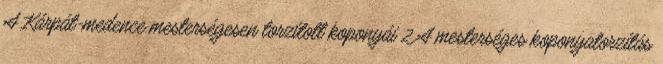
A Kárpát-medence mesterségesen torzított koponyái 2 A mesterséges koponyatorzítás